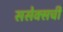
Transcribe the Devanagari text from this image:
ससेक्सची